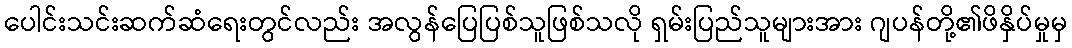
ပေါင်းသင်းဆက်ဆံရေးတွင်လည်း အလွန်ပြေပြစ်သူဖြစ်သလို ရှမ်းပြည်သူများအား ဂျပန်တို့၏ဖိနှိပ်မှုမှ